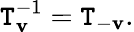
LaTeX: \mathtt{T}_{\mathbf{{v}}}^{-1}=\mathtt{T}_{-\mathbf{{v}}}.